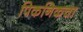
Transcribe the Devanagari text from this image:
पिकनिकचा